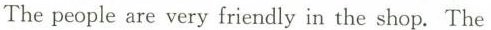
The people are very friendly in the shop. The